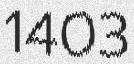
1403